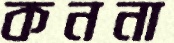
কননা